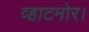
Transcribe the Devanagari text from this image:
व्हाटमोर।